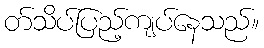
တ်သိပ်ပြည့်ကျပ်နေသည်။